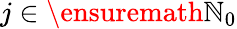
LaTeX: j\in\ensuremath{\mathbb{N}}_{0}